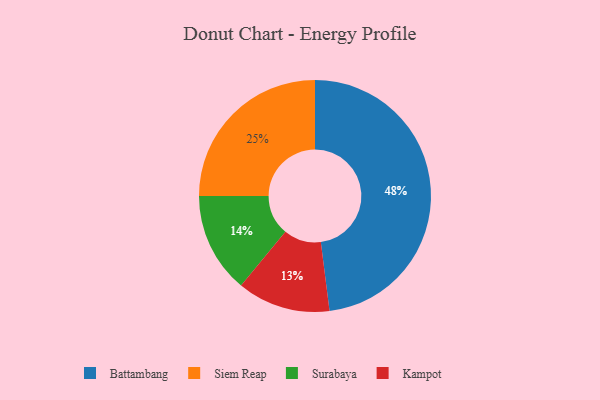
{"axis": {"x": "Category", "y": "Percentage"}, "legend": ["Battambang", "Kampot", "Siem Reap", "Surabaya"], "data": [{"x": "Siem Reap", "y": 25, "type": "Siem Reap"}, {"x": "Battambang", "y": 48, "type": "Battambang"}, {"x": "Surabaya", "y": 14, "type": "Surabaya"}, {"x": "Kampot", "y": 13, "type": "Kampot"}]}